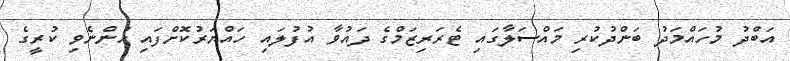
އަބްދު މުހައްމަދު ބަންދުކުރި މައްސަލާގައި ޓެރަރިޒަމްގެ ދައުވާ އުފުލައި ހައްޔަރުކޮށްފައި ހުންނެވި ކުރީގެ